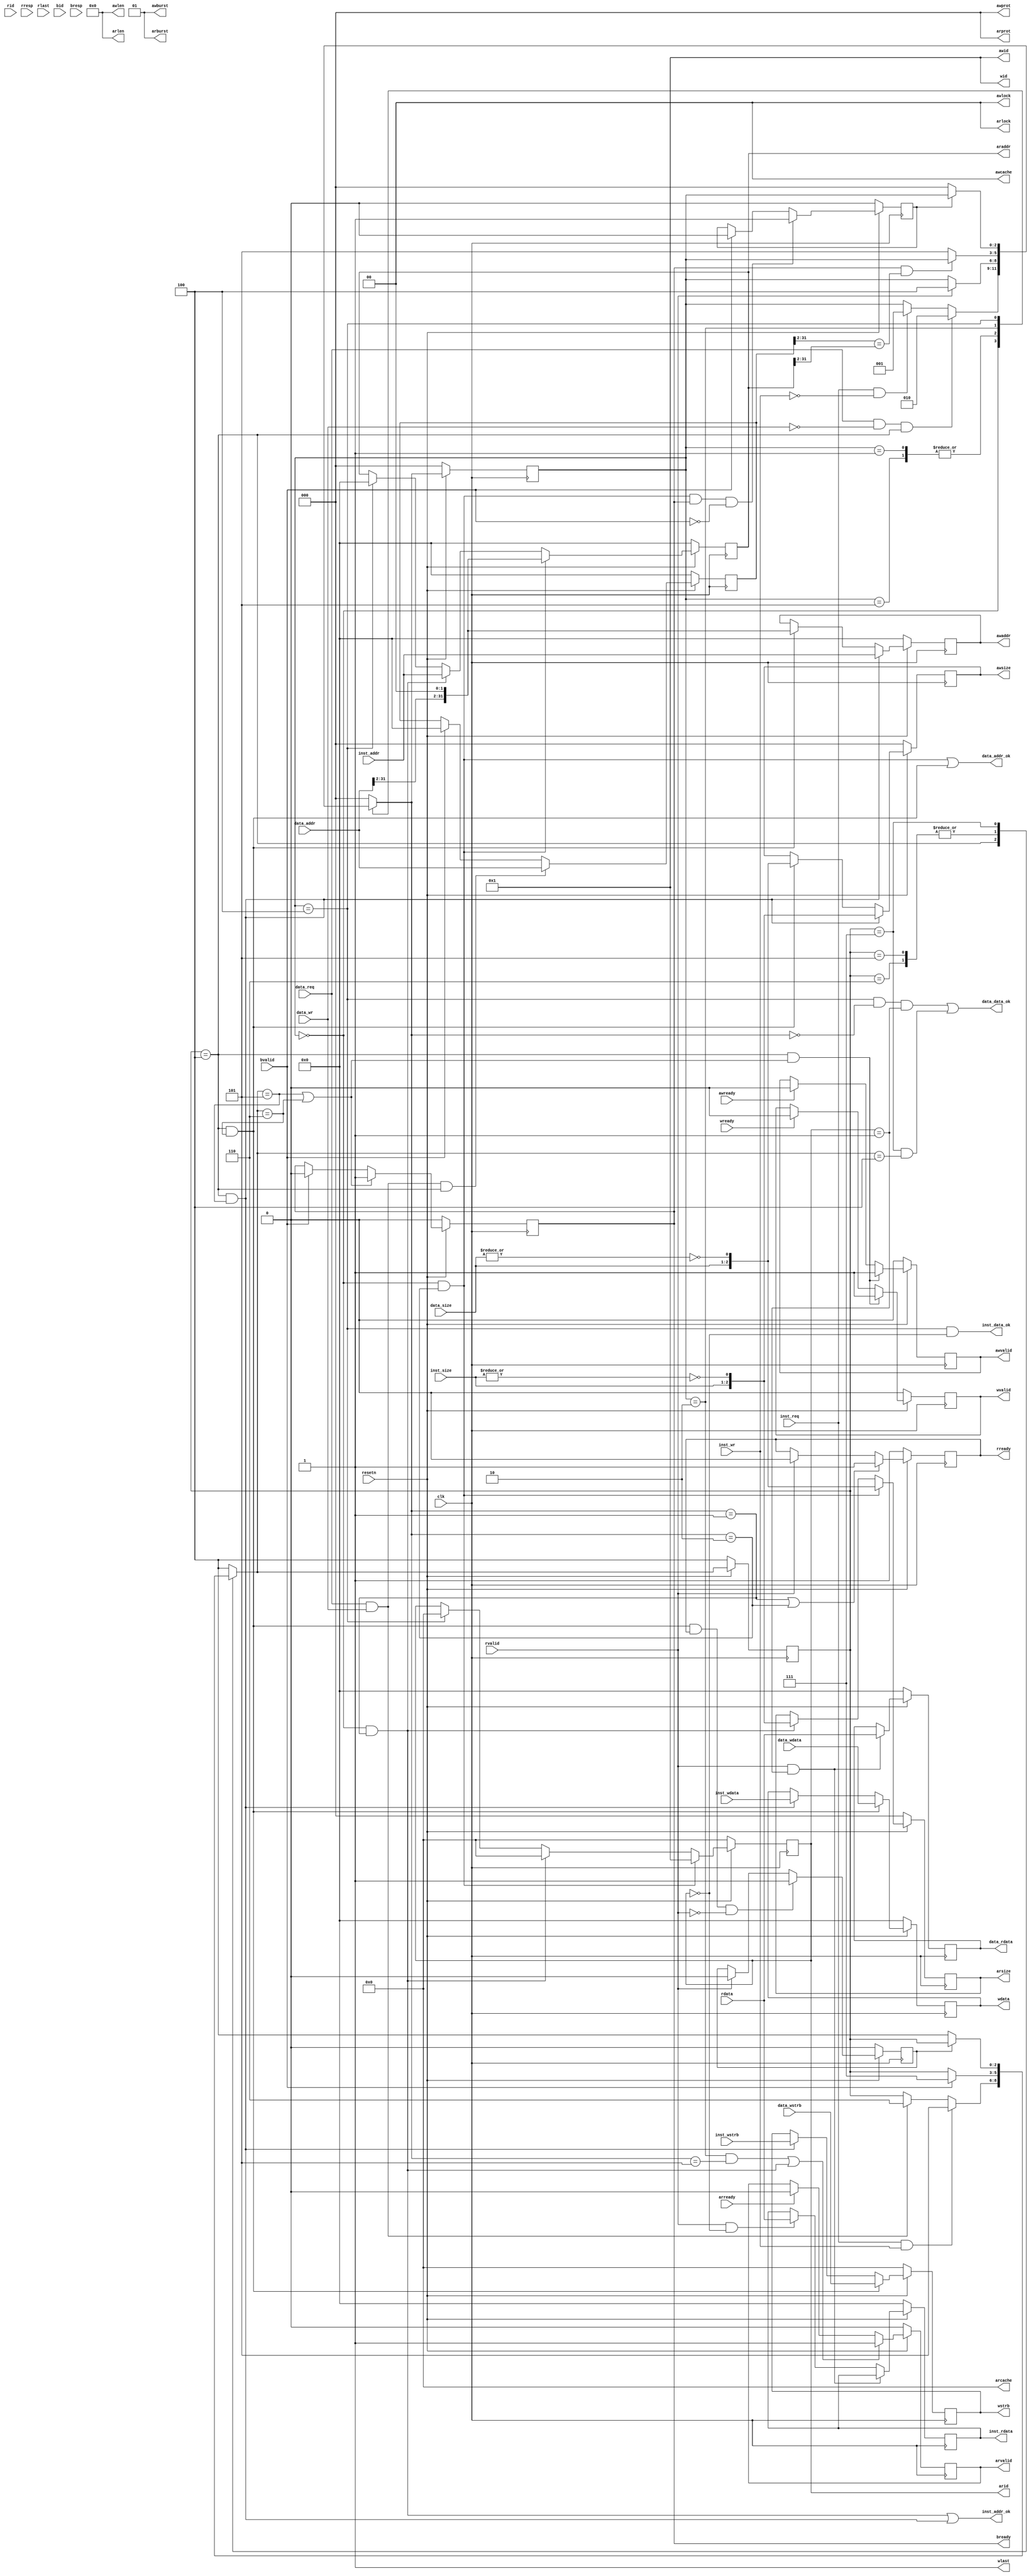
module cpu_axi_interface(
    input         clk         ,
    input         resetn      ,

    /* inst sram */
    // master: cpu, slave: interface
    // input: master->slave, output: slave->master
    input         inst_req    ,
    input         inst_wr     ,
    input  [ 1:0] inst_size   ,
    input  [31:0] inst_addr   ,
    input  [ 3:0] inst_wstrb  ,
    input  [31:0] inst_wdata  ,
    output [31:0] inst_rdata  ,
    output        inst_addr_ok,
    output        inst_data_ok,

    /* data sram */
    // master: cpu, slave: interface
    // input: master->slave, output: slave->master
    input         data_req    ,
    input         data_wr     ,
    input  [ 1:0] data_size   ,
    input  [31:0] data_addr   ,
    input  [ 3:0] data_wstrb  ,
    input  [31:0] data_wdata  ,
    output [31:0] data_rdata  ,
    output        data_addr_ok,
    output        data_data_ok,

    /* axi */
    // master: interface, slave: axi
    // input: slave->master, output: master->slave
    // ar: read request
    output [ 3:0] arid        ,
    output [31:0] araddr      ,
    output [ 7:0] arlen       , // fixed, 8'b0
    output [ 2:0] arsize      ,
    output [ 1:0] arburst     , // fixed, 2'b1
    output [ 1:0] arlock      , // fixed, 2'b0
    output [ 3:0] arcache     , // fixed, 4'b0
    output [ 2:0] arprot      , // fixed, 3'b0
    output        arvalid     ,
    input         arready     ,
    //  r: read response
    input  [ 3:0] rid         ,
    input  [31:0] rdata       ,
    input  [ 1:0] rresp       , // ignore
    input         rlast       , // ignore
    input         rvalid      ,
    output        rready      ,

    // aw: write request
    output [ 3:0] awid        , // fixed, 4'b1
    output [31:0] awaddr      ,
    output [ 7:0] awlen       , // fixed, 8'b0
    output [ 2:0] awsize      ,
    output [ 1:0] awburst     , // fixed, 2'b1
    output [ 1:0] awlock      , // fixed, 2'b0
    output [ 1:0] awcache     , // fixed, 4'b0
    output [ 2:0] awprot      , // fixed, 3'b0
    output        awvalid     ,
    input         awready     ,
    //  w: write data
    output [ 3:0] wid         , // fixed, 4'b1
    output [31:0] wdata       ,
    output [ 3:0] wstrb       ,
    output        wlast       , // fixed, 1'b1
    output        wvalid      ,
    input         wready      ,
    //  b: write response
    input  [ 3:0] bid         , // ignore
    input  [ 1:0] bresp       , // ignore
    input         bvalid      ,
    output        bready     );

/**************** DECLARATION ****************/

// state machine
parameter ReadStart        = 3'd0;
parameter Readinst         = 3'd1;
parameter Read_data_check  = 3'd2;
parameter Readdata         = 3'd5;
parameter ReadEnd          = 3'd4;
parameter WriteStart       = 3'd4;
parameter Writeinst        = 3'd5;
parameter Writedata        = 3'd6;
parameter WriteEnd         = 3'd7;

reg  [ 2:0] r_cstate ; // c=current
reg  [ 2:0] r_nstate ; // n=next
reg  [ 2:0] w_cstate ;
reg  [ 2:0] w_nstate ;

// axi buffer
reg  [ 3:0] arid_r   ; // ar
reg  [31:0] araddr_r ;
reg  [ 2:0] arsize_r ;
reg         arvalid_r;
reg         rready_r ; // r
reg  [31:0] awaddr_r ; // aw
reg  [ 2:0] awsize_r ;
reg         awvalid_r;
reg  [31:0] wdata_r  ; // w
reg  [ 3:0] wstrb_r  ;
reg         wvalid_r ;
reg         bready_r ; // b

// sram buffer
reg  [31:0] inst_rdata_r;
reg  [31:0] data_rdata_r;

// new
reg  [31:0] awaddr_t;
reg         read_wait_write;
reg         write_wait_read;

// for convenience
wire        arid_eq_i;
wire        arid_eq_d;

wire        inst_rd_req;
wire        inst_wt_req;
wire        data_rd_req;
wire        data_wt_req;

wire [ 2:0] inst_size_t;
wire [ 2:0] data_size_t;

/**************** LOGIC ****************/

/**** 1 OUTPUT ****/
// ar
assign arid    = arid_r;
assign araddr  = araddr_r;
assign arlen   = 8'b0;
assign arsize  = arsize_r;
assign arburst = 2'b1;
assign arlock  = 1'b0;
assign arcache = 4'b0;
assign arprot  = 3'b0;
assign arvalid = arvalid_r;
// r
assign rready  = rready_r;
// aw
assign awid    = 4'b1;
assign awaddr  = awaddr_r;
assign awlen   = 8'b0;
assign awsize  = awsize_r;
assign awburst = 2'b01;
assign awlock  = 1'b0;
assign awcache = 4'b0;
assign awprot  = 3'b0;
assign awvalid = awvalid_r;
// w
assign wid     = 4'b1;
assign wdata   = wdata_r;
assign wstrb   = wstrb_r;
assign wlast   = 1'b1;
assign wvalid  = wvalid_r;
// b
assign bready  = bready_r;

// sram
assign inst_addr_ok = (r_cstate == ReadStart && r_nstate == Readinst)
                   || (w_cstate == WriteStart && w_nstate == Writeinst);
assign inst_data_ok = r_cstate == ReadEnd && arid_eq_i;
assign data_addr_ok = (r_cstate == ReadStart && r_nstate == Read_data_check)
                   || (w_cstate == WriteStart && w_nstate == Writedata);
assign data_data_ok = (r_cstate == ReadEnd && r_nstate == ReadStart && arid_eq_d)
                   || (w_cstate == WriteEnd && w_nstate == WriteStart);

assign inst_rdata = inst_rdata_r;
assign data_rdata = data_rdata_r;
always@(posedge clk) begin
    if (!resetn) begin
        inst_rdata_r <= 32'b0;
        data_rdata_r <= 32'b0;
    end
    else if (rvalid && arid_eq_d) begin
        data_rdata_r <= rdata;
    end
    else if (rvalid && arid_eq_i) begin
        inst_rdata_r <= rdata;
    end
end

/**** 2 State Machine ****/
always@(posedge clk) begin
    if (!resetn) begin
        r_cstate <= ReadStart;
        w_cstate <= WriteStart;
    end
    else begin
        r_cstate <= r_nstate;
        w_cstate <= w_nstate;
    end
end

always@(*) begin
    case(r_cstate)
        ReadStart:
            begin
                if (data_rd_req && w_cstate == WriteStart)
                    r_nstate = Read_data_check;
                else if (inst_rd_req)
                    r_nstate = Readinst;
                else
                    r_nstate = r_cstate;
            end
        Readinst, Readdata:
            begin
                if (rvalid)
                    r_nstate = ReadEnd;
                else
                    r_nstate = r_cstate;
            end
        Read_data_check:
            begin
                if (bready && awaddr_t[31:2] == araddr[31:2])
                    r_nstate = r_cstate;
                else
                    r_nstate = Readdata;
            end
        ReadEnd:
            begin
                if (read_wait_write)
                    r_nstate = r_cstate;
                else
                    r_nstate = ReadStart;
            end
        default:
            r_nstate = ReadStart;
    endcase
end

always@(*) begin
    case (w_cstate)
        WriteStart:
            begin
                if (inst_wt_req)
                    w_nstate = Writeinst;
                else if (data_wt_req)
                    w_nstate = Writedata;
                else
                    w_nstate = w_cstate;
            end
        Writeinst, Writedata:
            begin
                if (bvalid)
                    w_nstate = WriteEnd;
                else
                    w_nstate = w_cstate;
            end
        WriteEnd:
            begin
                if (write_wait_read)
                    w_nstate = w_cstate;
                else
                    w_nstate = WriteStart;
            end
        default:
            w_nstate = WriteStart;
    endcase
end


//READ
//ar
always@(posedge clk) begin
    if (!resetn) begin
        arid_r   <= 4'd0;
        araddr_r <= 32'd0;
        arsize_r <= 3'd0;
    end
    else if (r_cstate == ReadStart && r_nstate == Read_data_check) begin
        arid_r   <= 4'd1;
        araddr_r <= {data_addr[31:2], 2'd0};
        arsize_r <= data_size_t;
    end
    else if (r_cstate == ReadStart && r_nstate == Readinst) begin
        arid_r   <= 4'd0;
        araddr_r <= inst_addr;
        arsize_r <= inst_size_t;
    end
    else if (r_cstate == ReadEnd) begin
        arid_r   <= 4'd0;
        araddr_r <= 32'd0;
    end
end

always@(posedge clk) begin
    if (!resetn) begin
        arvalid_r <= 1'b0;
    end
    else if (r_cstate == Read_data_check && r_nstate == Readdata
          || r_cstate == ReadStart && r_nstate == Readinst) begin
        arvalid_r <= 1'b1;
    end
    else if (arready) begin
        arvalid_r <= 1'b0;
    end
end

//r
always@(posedge clk) begin
    if (!resetn) begin
        rready_r <= 1'b1;
    end
    else if (r_nstate == Readinst
         || r_nstate == Read_data_check) begin
        rready_r <= 1'b1;
    end
    else if (rvalid)
        rready_r <= 1'b0;
end

// WRITE
//aw
always@(posedge clk) begin
    if (!resetn) begin
        awaddr_t   <= 32'd0;
    end
    else if (data_wt_req && w_cstate == WriteStart) begin
        awaddr_t   <= data_addr;
    end
    else if (bvalid) begin
        awaddr_t   <= 32'd0;
    end
end

always@(posedge clk) begin
    if (!resetn) begin
        awaddr_r <= 32'd0;
        awsize_r <=  3'b0;
    end
    else if (w_cstate == WriteStart && w_nstate == Writeinst) begin
        awaddr_r <= inst_addr;
        awsize_r <= inst_size_t;
    end
    else if (w_cstate == WriteStart && w_nstate == Writedata) begin
        awaddr_r <= {data_addr[31:2], 2'd0};
        awsize_r <= data_size_t;
    end
end

always@(posedge clk) begin
    if (!resetn) begin
        awvalid_r <= 1'b0;
    end
    else if (w_cstate == WriteStart
            && (w_nstate == Writeinst
             || w_nstate == Writedata)) begin
        awvalid_r <= 1'b1;
    end
    else if (awready) begin
        awvalid_r <= 1'b0;
    end
end

//w
always@(posedge clk) begin
    if (!resetn) begin
        wdata_r <= 32'b0;
        wstrb_r <=  4'b0;
    end
    else if (w_cstate == WriteStart && w_nstate == Writedata) begin
        wdata_r <= data_wdata;
        wstrb_r <= data_wstrb;
    end
    else if (w_cstate == WriteStart && w_nstate == Writeinst) begin
        wdata_r <= inst_wdata;
        wstrb_r <= inst_wstrb;
    end
end

always@(posedge clk) begin
    if (!resetn) begin
        wvalid_r <= 1'b0;
    end
    else if (w_cstate == WriteStart && (w_nstate == Writeinst
                                    || w_nstate == Writedata)) begin
        wvalid_r <= 1'b1;
    end
    else if (wready) begin
        wvalid_r <= 1'b0;
    end
end

//b
always@(posedge clk) begin
    if (!resetn)
        bready_r <= 1'b0;
    else if (w_nstate == Writeinst || w_nstate == Writedata)
        bready_r <= 1'b1;
    else if (bvalid)
        bready_r <= 1'b0;
end

/**** wait ****/
always@(posedge clk) begin
    if (!resetn) begin
        read_wait_write <= 1'b0;
    end
    else if (r_cstate == ReadStart
         && r_nstate == Read_data_check
         && bready && ~bvalid) begin
        read_wait_write <= 1'b1;
    end
    else if (bvalid) begin
        read_wait_write <= 1'b0;
    end
end

always@(posedge clk) begin
    if (!resetn) begin
        write_wait_read <= 1'b0;
    end
    else if (w_cstate == WriteStart
         && w_nstate == Writedata
         && rready && ~rvalid) begin
        write_wait_read <= 1'b1;
    end
    else if (rvalid) begin
        write_wait_read <= 1'b0;
    end
end


/**** 3 CONVENIENCE ****/
assign arid_eq_i = (arid == 4'd0);
assign arid_eq_d = (arid == 4'd1);

assign inst_rd_req = inst_req & ~inst_wr;
assign inst_wt_req = inst_req &  inst_wr;
assign data_rd_req = data_req & ~data_wr;
assign data_wt_req = data_req &  data_wr;

/* note for _size_t
 | _size | _size_t | byte |
 |-------|---------|------|
 |    00 |     001 |    1 |
 |    01 |     010 |    2 |
 |    10 |     100 |    4 |
*/
assign inst_size_t = {inst_size, ~|inst_size};
assign data_size_t = {data_size, ~|data_size};

endmodule